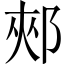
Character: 郟